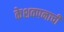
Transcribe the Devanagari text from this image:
केशवपनाची